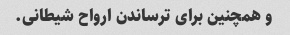
و همچنین برای ترساندن ارواح شیطانی.